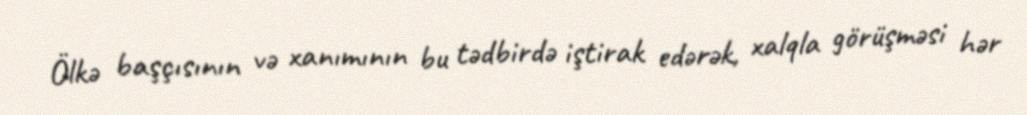
Ölkə başçısının və xanımının bu tədbirdə iştirak edərək, xalqla görüşməsi hər